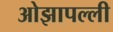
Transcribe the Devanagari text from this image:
ओझापल्ली